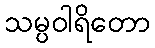
သမ္ပဝါရိတော